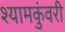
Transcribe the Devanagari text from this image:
श्यामकुंवरी